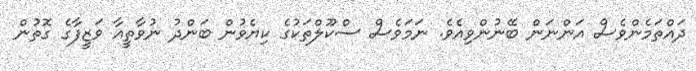
ދައްތަމެންވެސް އަންނަން ބޭނުންވިއެވެ. ނަމަވެސް ސްކޫލްތަކުގެ ކިޔެވުން ބަންދު ނުވާތީއާ ވަޒީފާގެ ގޮތުން